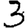
Digit: 3